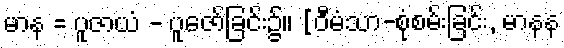
မာန = ပူဇာယံ - ပူဇော်ခြင်း၌။ [ဝီမံသာ-စုံစမ်းခြင်း, မာနန